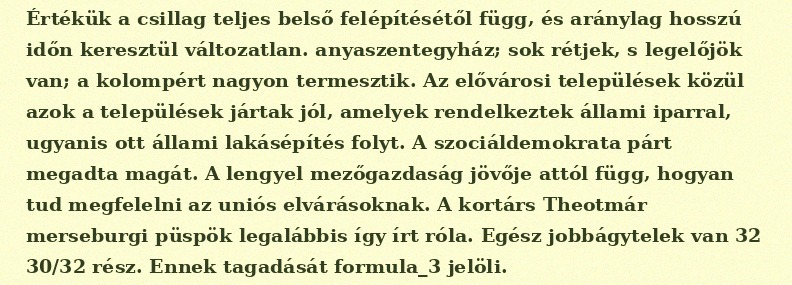
Értékük a csillag teljes belső felépítésétől függ, és aránylag hosszú időn keresztül változatlan. anyaszentegyház; sok rétjek, s legelőjök van; a kolompért nagyon termesztik. Az elővárosi települések közül azok a települések jártak jól, amelyek rendelkeztek állami iparral, ugyanis ott állami lakásépítés folyt. A szociáldemokrata párt megadta magát. A lengyel mezőgazdaság jövője attól függ, hogyan tud megfelelni az uniós elvárásoknak. A kortárs Theotmár merseburgi püspök legalábbis így írt róla. Egész jobbágytelek van 32 30/32 rész. Ennek tagadását formula_3 jelöli.